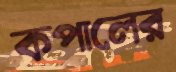
কপালের